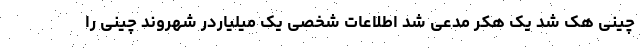
چینی هک شد یک هکر مدعی شد اطلاعات شخصی یک میلیاردر شهروند چینی را